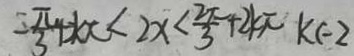
= \frac { \pi } { 3 } 4 k \pi < 2 x < \frac { 2 \pi } { 3 } + 2 k \pi k \in 2